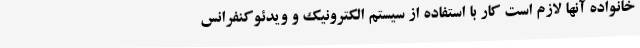
خانواده آنها لازم است کار با استفاده از سیستم الکترونیک و ویدئوکنفرانس